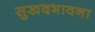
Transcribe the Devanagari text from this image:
सुखदभावना